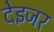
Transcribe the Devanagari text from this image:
देइजर